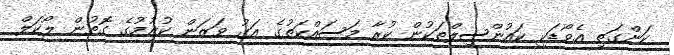
ކަންގަތި އެވޯޑަކީ ކައުންސިލްތަކުން ކުރާ މަސައްކަތުގެ އަގު ވަޒަން ކުރުމުގެ ގޮތުން ލޯކަލް